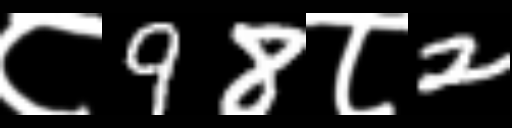
Text: ८98८2